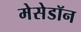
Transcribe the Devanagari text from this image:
मेसेडॉन